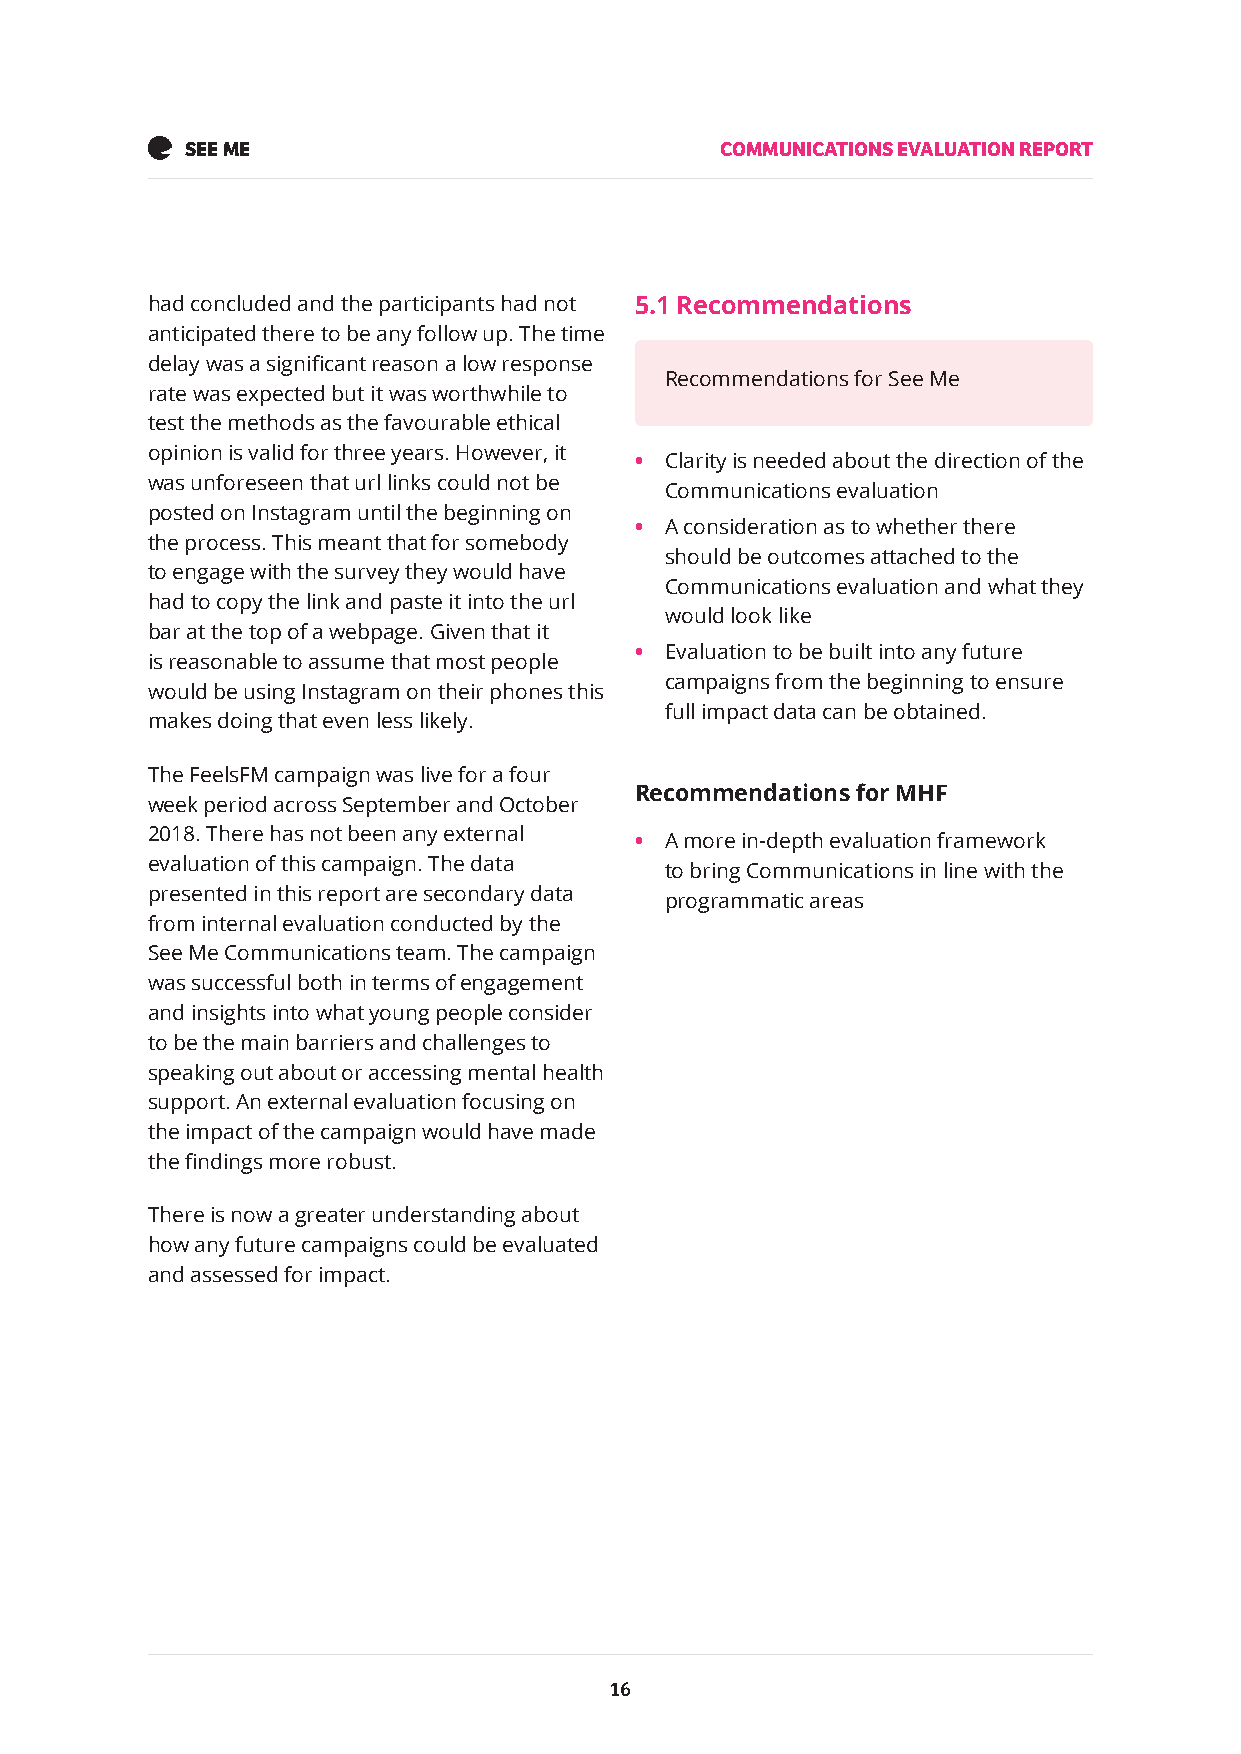
SEE ME                              COMMUNICATIONS EVALUATION REPORT
 had concluded and the participants had not 5.1 Recommendations
 anticipated there to be any follow up. The time
 delay was a significant reason a low response
 Recommendations for See Me
 rate was expected but it was worthwhile to
 test the methods as the favourable ethical
 opinion is valid for three years. However, it
 • Clarity is needed about the direction of the
 was unforeseen that url links could not be
 Communications evaluation
 posted on Instagram until the beginning on
 • A consideration as to whether there
 the process. This meant that for somebody
 should be outcomes attached to the
 to engage with the survey they would have
 Communications evaluation and what they
 had to copy the link and paste it into the url
 would look like
 bar at the top of a webpage. Given that it
 • Evaluation to be built into any future
 is reasonable to assume that most people
 campaigns from the beginning to ensure
 would be using Instagram on their phones this
 full impact data can be obtained.
 makes doing that even less likely.
 The FeelsFM campaign was live for a four
 Recommendations for MHF
 week period across September and October
 2018. There has not been any external
 • A more in-depth evaluation framework
 evaluation of this campaign. The data
 to bring Communications in line with the
 presented in this report are secondary data
 programmatic areas
 from internal evaluation conducted by the
 See Me Communications team. The campaign
 was successful both in terms of engagement
 and insights into what young people consider
 to be the main barriers and challenges to
 speaking out about or accessing mental health
 support. An external evaluation focusing on
 the impact of the campaign would have made
 the findings more robust.
 There is now a greater understanding about
 how any future campaigns could be evaluated
 and assessed for impact.
 16